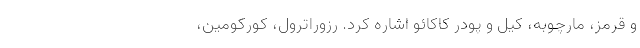
و قرمز، مارچوبه، کیل و پودر کاکائو اشاره کرد. رزوراترول، کورکومین،